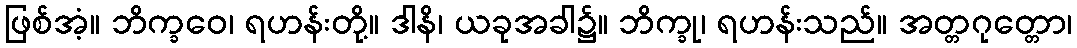
ဖြစ်အံ့။ ဘိက္ခဝေ၊ ရဟန်းတို့။ ဒါနိ၊ ယခုအခါ၌။ ဘိက္ခု၊ ရဟန်းသည်။ အတ္တဂုတ္တော၊